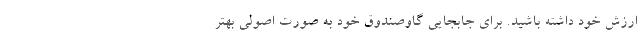
ارزش خود داشته باشید. برای جابجایی گاوصندوق خود به صورت اصولی بهتر